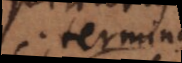
terminu